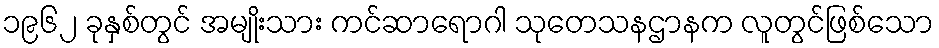
၁၉၆၂ ခုနှစ်တွင် အမျိုးသား ကင်ဆာရောဂါ သုတေသနဌာနက လူတွင်ဖြစ်သော